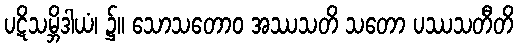
ပဋိသမ္ဘိဒါယံ၊ ၌။ သောသတောဝ အဿသတိ သတော ပဿသတီတိ